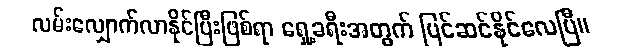
လမ်းလျှောက်လာနိုင်ပြီးဖြစ်ရာ ရှေ့ခရီးအတွက် ပြင်ဆင်နိုင်လေပြီ။